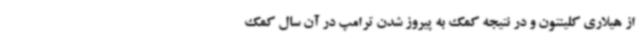
از هیلاری کلینتون و در نتیجه کمک به پیروز شدن ترامپ در آن سال کمک